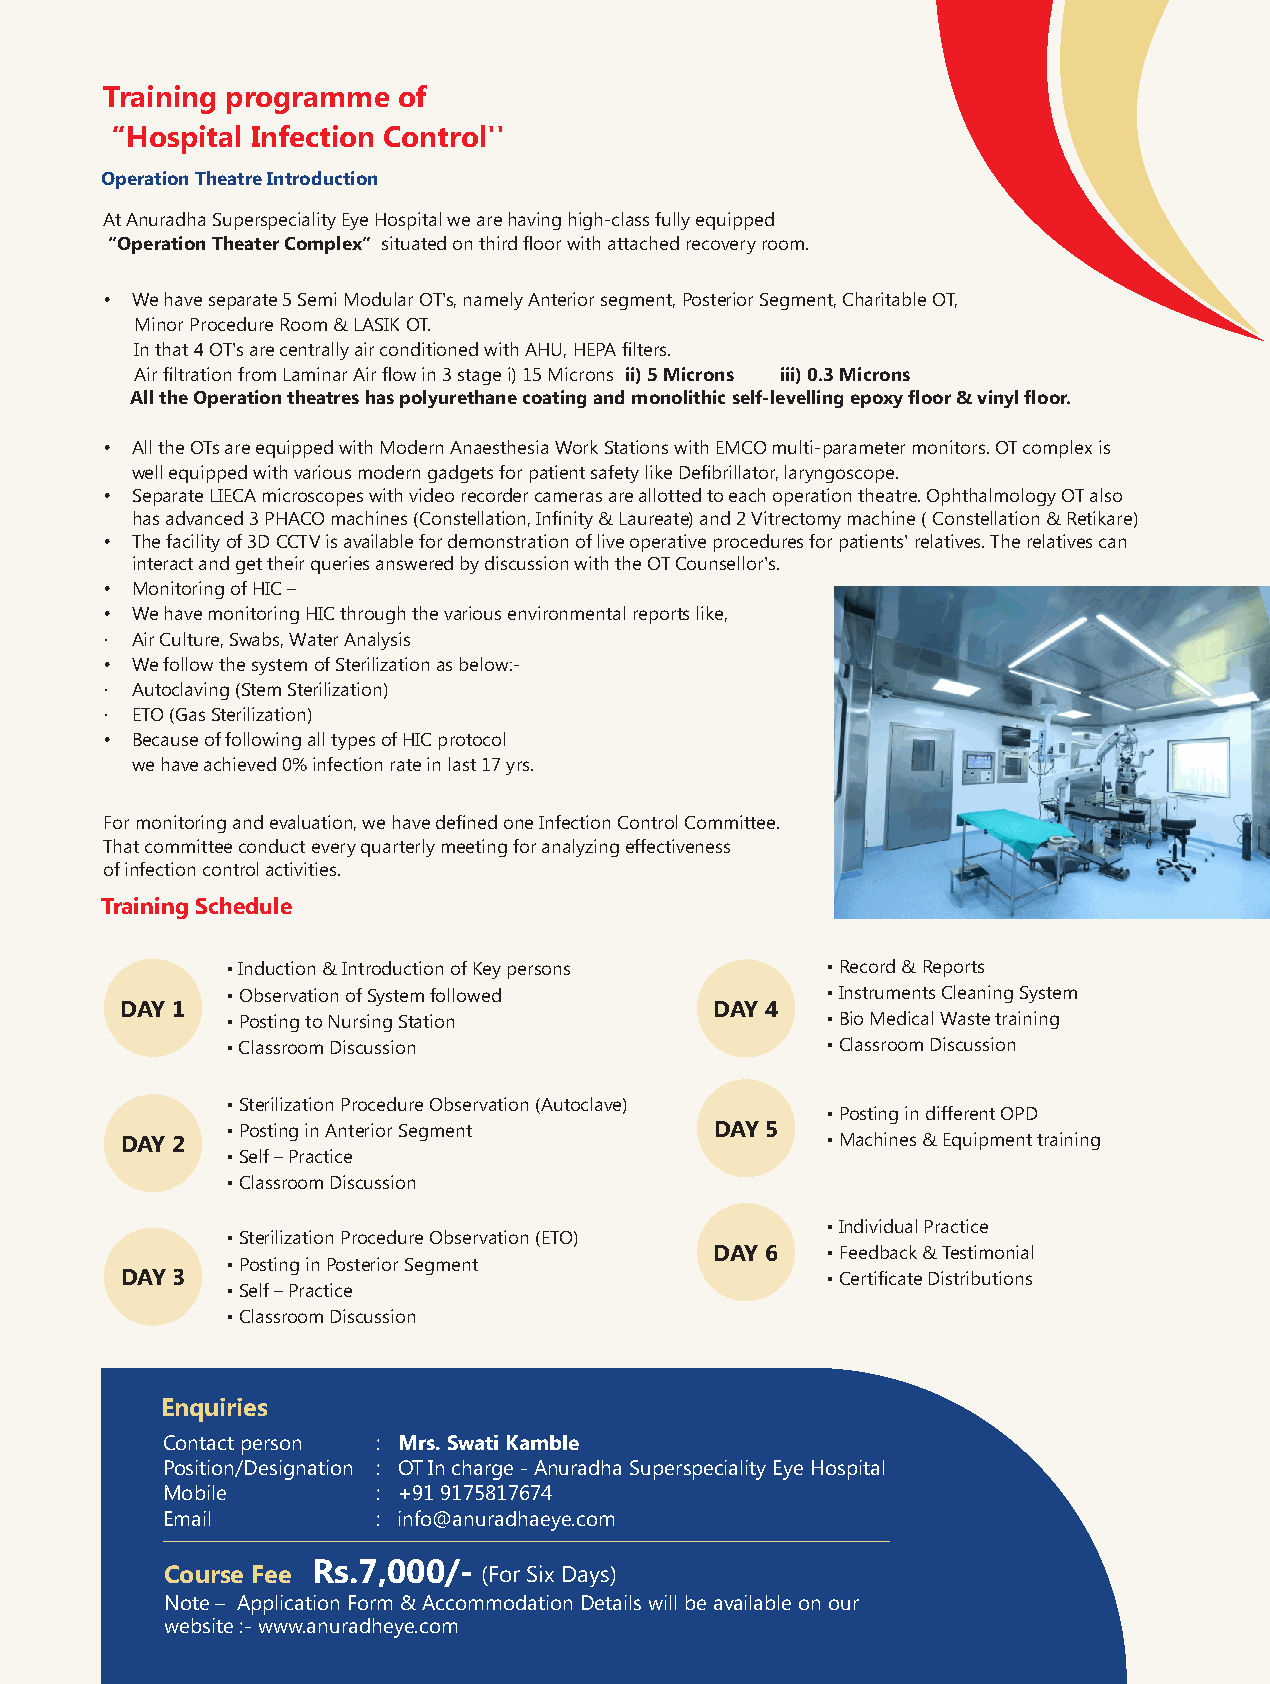
Training programme of
 “Hospital Infection Control''
 Operation Theatre Introduction
 At Anuradha Superspeciality Eye Hospital we are having high-class fully equipped
 “Operation Theater Complex” situated on third floor with attached recovery room.
 • We have separate 5 Semi Modular OT's, namely Anterior segment, Posterior Segment, Charitable OT,
 Minor Procedure Room & LASIK OT.
 In that 4 OT's are centrally air conditioned with AHU, HEPA filters.
 Air filtration from Laminar Air flow in 3 stage i) 15 Microns ii) 5 Microns iii) 0.3 Microns
 All the Operation theatres has polyurethane coating and monolithic self-levelling epoxy floor & vinyl floor.
 • All the OTs are equipped with Modern Anaesthesia Work Stations with EMCO multi-parameter monitors. OT complex is
 well equipped with various modern gadgets for patient safety like Defibrillator, laryngoscope.
 • Separate LIECA microscopes with video recorder cameras are allotted to each operation theatre. Ophthalmology OT also
 has advanced 3 PHACO machines (Constellation, Infinity & Laureate) and 2 Vitrectomy machine ( Constellation & Retikare)
 • The facility of 3D CCTV is available for demonstration of live operative procedures for patients' relatives. The relatives can
 interact and get their queries answered by discussion with the OT Counsellor's.
 • Monitoring of HIC –
 • We have monitoring HIC through the various environmental reports like,
 · Air Culture, Swabs, Water Analysis
 • We follow the system of Sterilization as below:-
 · Autoclaving (Stem Sterilization)
 · ETO (Gas Sterilization)
 • Because of following all types of HIC protocol
 we have achieved 0% infection rate in last 17 yrs.
 For monitoring and evaluation, we have defined one Infection Control Committee.
 That committee conduct every quarterly meeting for analyzing effectiveness
 of infection control activities.
 Training Schedule
 • Induction & Introduction of Key persons • Record & Reports
 • Observation of System followed        • Instruments Cleaning System
 DAY 1                                  DAY 4
 • Posting to Nursing Station            • Bio Medical Waste training
 • Classroom Discussion                  • Classroom Discussion
 • Sterilization Procedure Observation (Autoclave)
 • Posting in different OPD
 • Posting in Anterior Segment   DAY 5
 DAY 2                                          • Machines & Equipment training
 • Self – Practice
 • Classroom Discussion
 • Individual Practice
 • Sterilization Procedure Observation (ETO)
 DAY 6   • Feedback & Testimonial
 • Posting in Posterior Segment
 DAY 3                                          • Certificate Distributions
 • Self – Practice
 • Classroom Discussion
 Enquiries
 Contact person : Mrs. Swati Kamble
 Position/Designation : OT In charge - Anuradha Superspeciality Eye Hospital
 Mobile        : +91 9175817674
 Email         : info@anuradhaeye.com
 Rs.7,000/-
 Course Fee           (For Six Days)
 Note – Application Form & Accommodation Details will be available on our
 website :- www.anuradheye.com